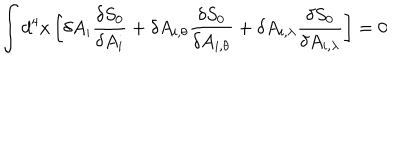
\int d ^ { 4 } x \left[ \delta A _ { i } \frac { \delta S _ { 0 } } { \delta A _ { i } } + \delta A _ { i , \theta } \frac { \delta S _ { 0 } } { \delta A _ { i , \theta } } + \delta A _ { i , \lambda } \frac { \delta S _ { 0 } } { \delta A _ { i , \lambda } } \right] = 0